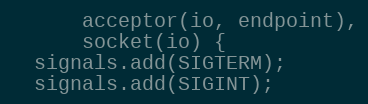
Language: C++
      acceptor(io, endpoint),
      socket(io) {
  signals.add(SIGTERM);
  signals.add(SIGINT);